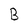
Character: B